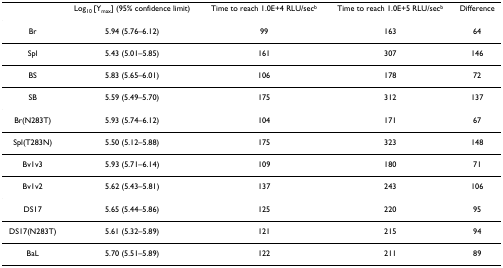
<table><thead><tr><td></td><td><b>Log<sub>10 </sub>[Y<sub>max</sub>] (95% confidence limit)</b></td><td><b>Time to reach 1.0E+4 RLU/sec<sup>b</sup></b></td><td><b>Time to reach 1.0E+5 RLU/sec<sup>b</sup></b></td><td><b>Difference</b></td></tr></thead><tbody><tr><td>Br</td><td>5.94 (5.76–6.12)</td><td>99</td><td>163</td><td>64</td></tr><tr><td>Spl</td><td>5.43 (5.01–5.85)</td><td>161</td><td>307</td><td>146</td></tr><tr><td>BS</td><td>5.83 (5.65–6.01)</td><td>106</td><td>178</td><td>72</td></tr><tr><td>SB</td><td>5.59 (5.49–5.70)</td><td>175</td><td>312</td><td>137</td></tr><tr><td>Br(N283T)</td><td>5.93 (5.74–6.12)</td><td>104</td><td>171</td><td>67</td></tr><tr><td>Spl(T283N)</td><td>5.50 (5.12–5.88)</td><td>175</td><td>323</td><td>148</td></tr><tr><td>Bv1v3</td><td>5.93 (5.71–6.14)</td><td>109</td><td>180</td><td>71</td></tr><tr><td>Bv1v2</td><td>5.62 (5.43–5.81)</td><td>137</td><td>243</td><td>106</td></tr><tr><td>DS17</td><td>5.65 (5.44–5.86)</td><td>125</td><td>220</td><td>95</td></tr><tr><td>DS17(N283T)</td><td>5.61 (5.32–5.89)</td><td>121</td><td>215</td><td>94</td></tr><tr><td>BaL</td><td>5.70 (5.51–5.89)</td><td>122</td><td>211</td><td>89</td></tr></tbody></table>